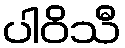
ပါဝိသီ